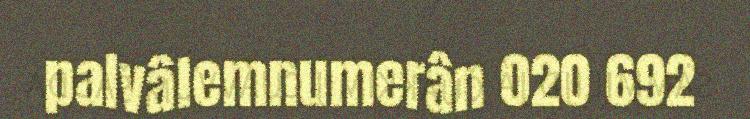
palvâlemnumerân 020 692